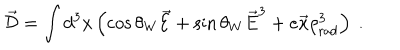
\vec { \cal D } = \int d ^ { 3 } x \left( \cos \theta _ { W } \vec { \cal E } + \sin \theta _ { W } \vec { E } ^ { 3 } + e \vec { x } \rho _ { \mathrm { r a d } } ^ { 3 } \right) \ .